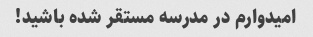
امیدوارم در مدرسه مستقر شده باشید!